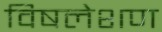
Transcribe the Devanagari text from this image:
विषलेशण